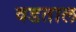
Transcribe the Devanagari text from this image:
वडताल